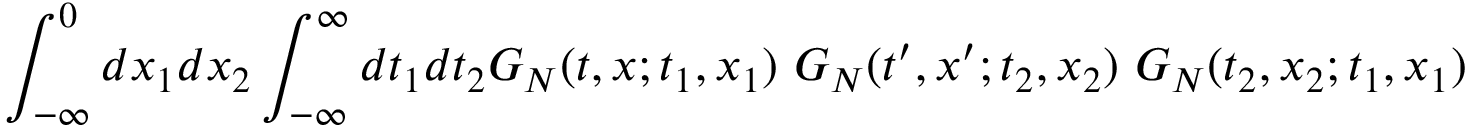
\int _ { - \infty } ^ { 0 } d x _ { 1 } d x _ { 2 } \int _ { - \infty } ^ { \infty } d t _ { 1 } d t _ { 2 } G _ { N } ( t , x ; t _ { 1 } , x _ { 1 } ) ~ G _ { N } ( t ^ { \prime } , x ^ { \prime } ; t _ { 2 } , x _ { 2 } ) ~ G _ { N } ( t _ { 2 } , x _ { 2 } ; t _ { 1 } , x _ { 1 } )